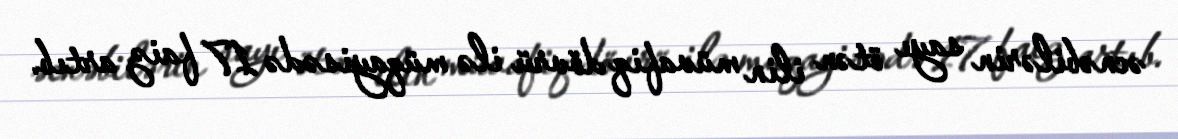
əcnəbilərin sayı ötən ilin müvafiq dövrü ilə müqayisədə 17 faiz artıb.